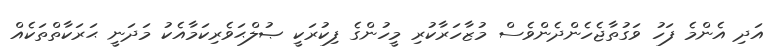
އަދި އެންމެ ފަހު ވަގުތާޖެހެންދެންވެސް މުޒާހަރާކުރި މީހުންގެ ފިކުރަކީ ޞުލްޙަވެރިކަމާއެކު މަދަނީ ޙަރަކާތްތަކެއް